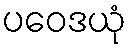
ပဝေဒယုံ